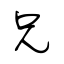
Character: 兄